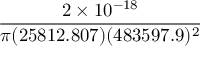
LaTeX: \frac { 2 \times 1 0 ^ { - 1 8 } } { \pi ( 2 5 8 1 2 . 8 0 7 ) ( 4 8 3 5 9 7 . 9 ) ^ { 2 } }